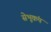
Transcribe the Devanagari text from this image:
सेभूकंप